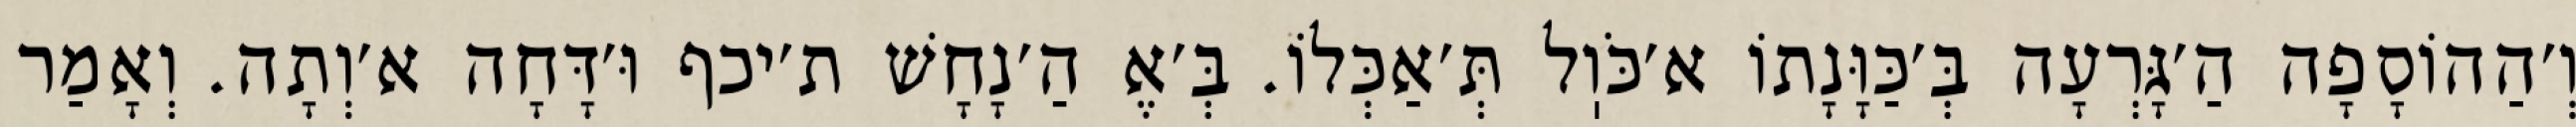
וְ׳הַהוֹסָפָה הַ׳גָּרְעָה בְּ׳כַּוָּנָתוֹ א׳כֹּוֽל תְּ׳אַכְּלוֹ. בְּ׳אֶ הַ׳נָחָשׁ ת׳יכף וּ׳דָּחָה א׳וְתָה. וְאָמַר